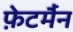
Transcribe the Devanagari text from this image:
फ़ेटर्मैन